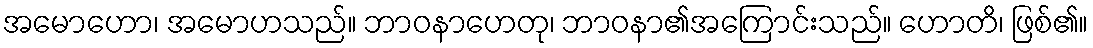
အမောဟော၊ အမောဟသည်။ ဘာဝနာဟေတု၊ ဘာဝနာ၏အကြောင်းသည်။ ဟောတိ၊ ဖြစ်၏။